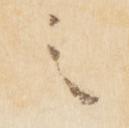
之